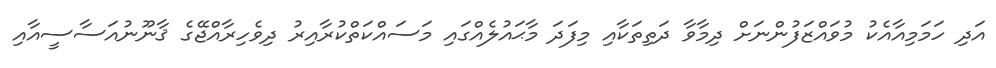
އަދި ހަމަމިއާއެކު މުވައްޒަފުންނަށް ދިމާވާ ދަތިތަކާއި މިފަދަ މާޙައުލެއްގައި މަސައްކަތްކުރާއިރު ދިވެހިރާއްޖޭގެ ޤާނޫނުއަސާސީއާއި